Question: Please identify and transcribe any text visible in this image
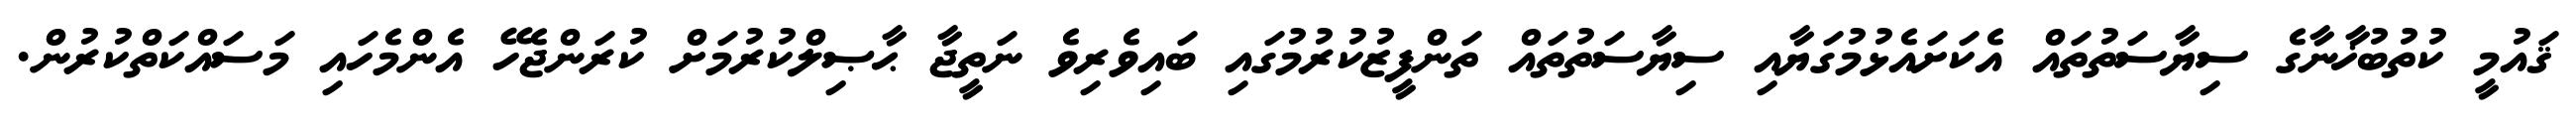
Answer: ޤައުމީ ކުތުބުޚާނާގެ ސިޔާސަތުތައް އެކަށައެޅުމުގަޔާއި ސިޔާސަތުތައް ތަންފީޒުކުރުމުގައި ބައިވެރިވެ ނަތީޖާ ޙާޞިލްކުރުމަށް ކުރަންޖެހޭ އެންމެހައި މަސައްކަތްކުރުން.